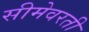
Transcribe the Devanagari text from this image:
सीमेवरती